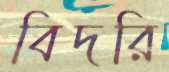
বিদরি